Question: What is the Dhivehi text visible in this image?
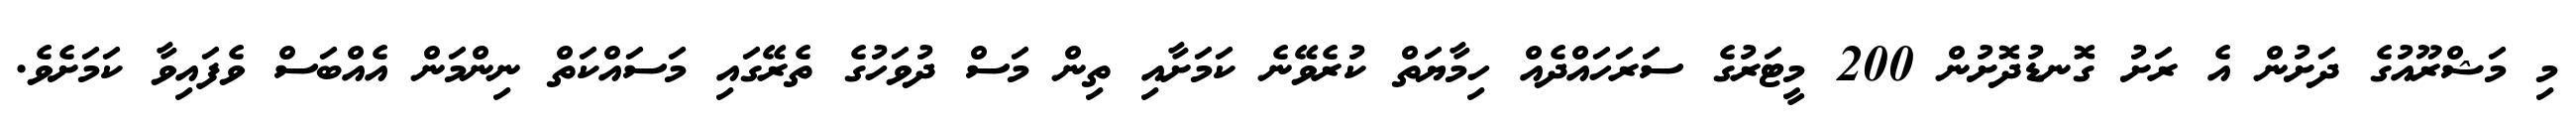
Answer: މި މަޝްރޫއުގެ ދަށުން އެ ރަށު ގޮނޑުދޮށުން 200 މީޓަރުގެ ސަރަހައްދެއް ހިމާޔަތް ކުރެވޭނެ ކަމަށާއި ތިން މަސް ދުވަހުގެ ތެރޭގައި މަސައްކަތް ނިންމަން އެއްބަސް ވެފައިވާ ކަމަށެވެ.